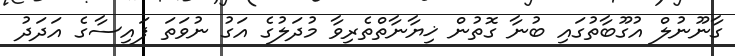
ގާނޫނުލް އުގޫބާތުގައި ބުނާ ގޮތުން ޚިޔާނާތްތެރިވާ މުދަލުގެ އަގު ނުވަތަ ފައިސާގެ އަދަދު